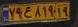
۷۹ع۸۱۹۱۹